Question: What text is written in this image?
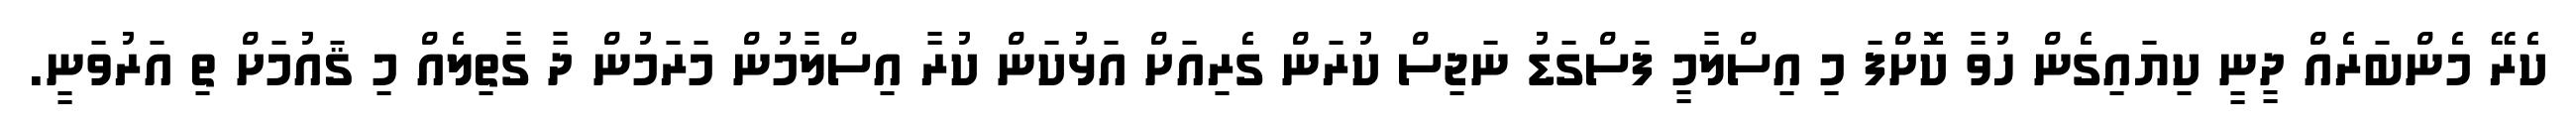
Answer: ކެރޭ މެންބަރެއް ދީނީ ކިޔައިގެން ހުވާ ކޮށްފަ މި އިސްލާމީ ފަސްގަޑު ނަޖިސް ކުރަން ގެރިއަށް އަޅުކަން ކުރާ އިސްލާމުން މަރަމުން ދާ ގާތިލެއް މި ޤައުމަށް ތި އަރުވަނީ.